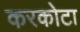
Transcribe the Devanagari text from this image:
करकोटा